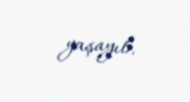
yaşayıb.